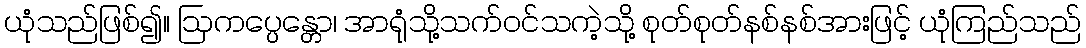
ယုံသည်ဖြစ်၍။ ဩကပ္ပေန္တော၊ အာရုံသို့သက်ဝင်သကဲ့သို့ စုတ်စုတ်နစ်နစ်အားဖြင့် ယုံကြည်သည်